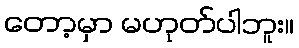
တော့မှာ မဟုတ်ပါဘူး။